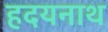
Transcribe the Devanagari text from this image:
हदयनाथ